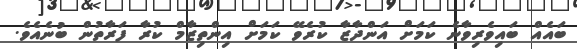
ބައެއް ބައިވެރިވާނެ ކަމަށް އަންދާޒާ ކުރެވޭ ކަމަށް އިންތިޒާމް ކުރާ ފަރާތުން ބުނެއެވެ.